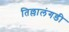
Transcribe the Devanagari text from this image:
तिल्लालंगडी